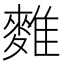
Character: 𪍇